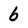
Character: b